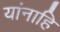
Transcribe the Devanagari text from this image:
यांनाहि